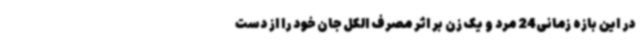
در این بازه زمانی24 مرد و یک زن بر اثر مصرف الکل جان خود را از دست